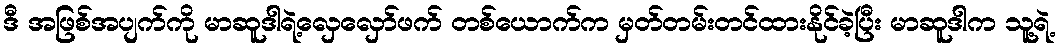
ဒီ အဖြစ်အပျက်ကို မာဆူဒါရဲ့လှေလှော်ဖက် တစ်ယောက်က မှတ်တမ်းတင်ထားနိုင်ခဲ့ပြီး မာဆူဒါက သူ့ရဲ့